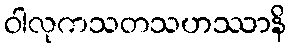
ဝါလုကသတသဟဿာနိ